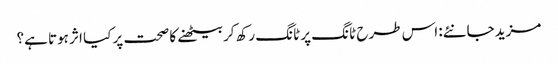
مزید جانئے: اس طرح ٹانگ پر ٹانگ رکھ کر بیٹھنے کا صحت پر کیا اثر ہوتا ہے؟